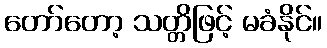
တော်တော့ သတ္တိဖြင့် မခံနိုင်။